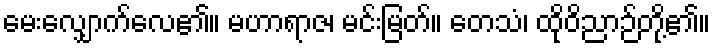
မေးလျှောက်လေ၏။ မဟာရာဇ၊ မင်းမြတ်။ တေသံ၊ ထိုဝိညာဉ်တို့၏။